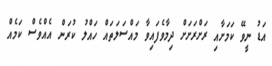
އަޑު ނީވޭ ކަމަށާއި ރަށްރަށަށް ދިމާވެފައިވާ މައްސަލަތައް ހައްލު ކުރަން އެއްވެސް ކަމެއް